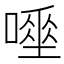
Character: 𠾊